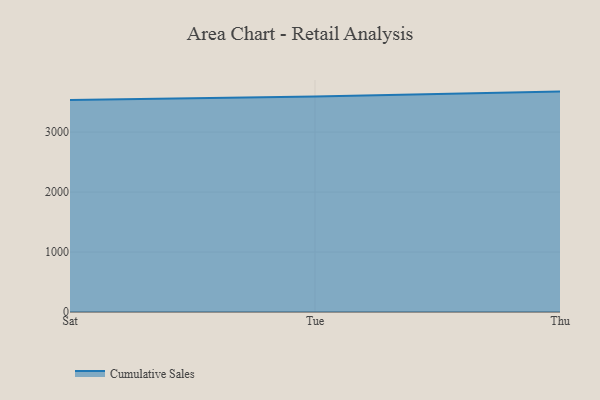
{"axis": {"x": "Day", "y": "Latency (ms)"}, "legend": ["Cumulative Sales"], "data": [{"x": "Sat", "y": 3533.6, "type": "Cumulative Sales"}, {"x": "Tue", "y": 3594.7, "type": "Cumulative Sales"}, {"x": "Thu", "y": 3675.4, "type": "Cumulative Sales"}]}